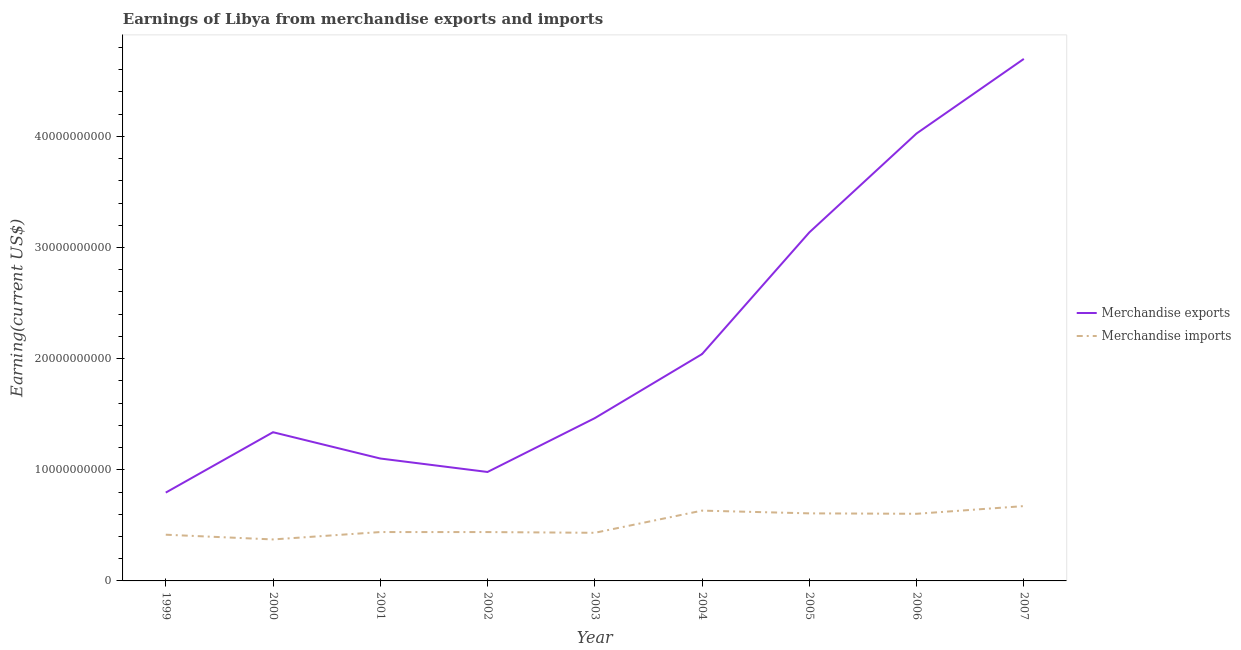
| Year | Merchandise exports | Merchandise imports |
 | --- | --- | --- |
 | 1999 | 7.95e+09 | 4.16e+09 |
 | 2000 | 1.34e+10 | 3.73e+09 |
 | 2001 | 1.1e+10 | 4.4e+09 |
 | 2002 | 9.8e+09 | 4.4e+09 |
 | 2003 | 1.46e+10 | 4.33e+09 |
 | 2004 | 2.04e+10 | 6.33e+09 |
 | 2005 | 3.14e+10 | 6.08e+09 |
 | 2006 | 4.03e+10 | 6.04e+09 |
 | 2007 | 4.7e+10 | 6.73e+09 |